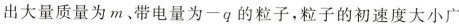
出大量质量为m、带电量为-q的粒子，粒子的初速度大小广